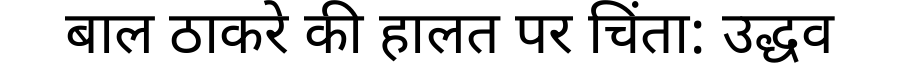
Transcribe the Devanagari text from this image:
बाल ठाकरे की हालत पर चिंता: उद्धव